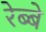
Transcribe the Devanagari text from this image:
रेब्बे